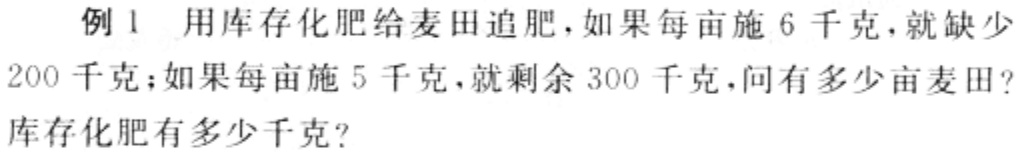
例1 用库存化肥给麦田追肥，如果每亩施6千克，就缺少200千克；如果每亩施5千克，就剩余300千克，问有多少亩麦田？库存化肥有多少千克？